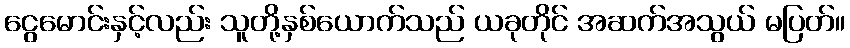
ငွေမောင်းနှင့်လည်း သူတို့နှစ်ယောက်သည် ယခုတိုင် အဆက်အသွယ် မပြတ်။